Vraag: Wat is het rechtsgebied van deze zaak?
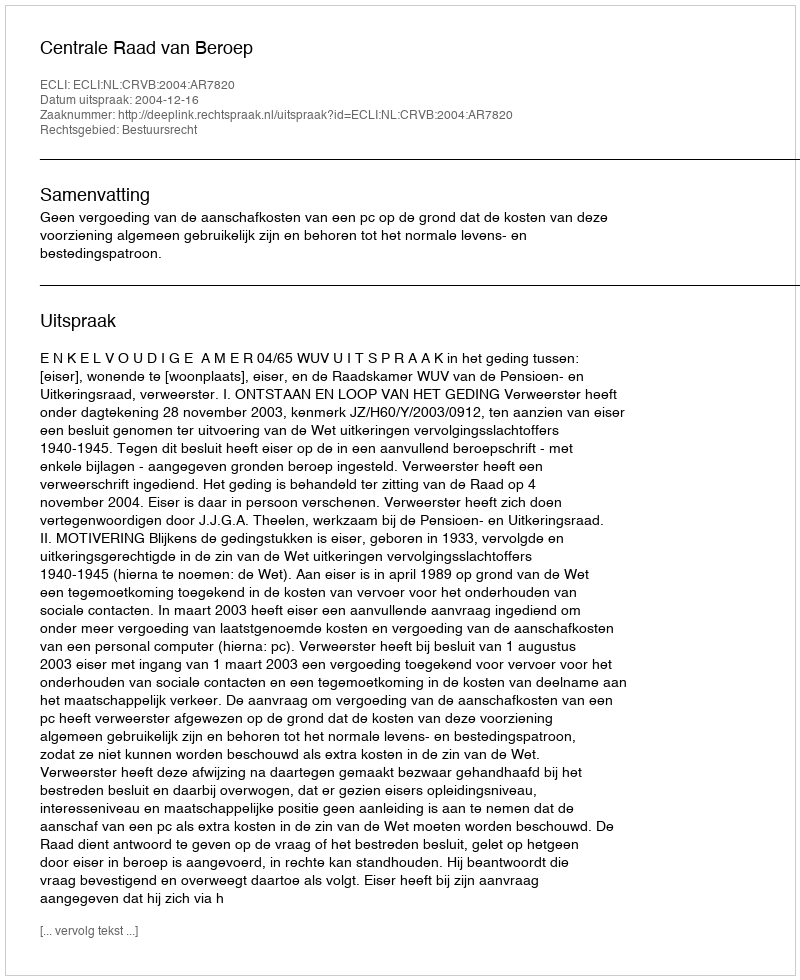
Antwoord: Bestuursrecht